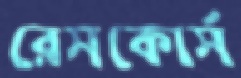
রেসকোর্স